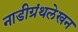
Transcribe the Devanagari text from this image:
नाडीग्रंथलेखन